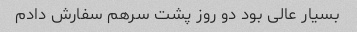
بسیار عالی بود دو روز پشت سرهم سفارش دادم